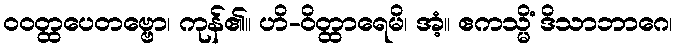
ဝဝတ္ထပေတဗ္ဗော၊ ကုန်၏။ ဟိ-ဝိတ္ထာရေမိ၊ အံ့။ ဧကသ္မိံ ဒိသာဘာဂေ၊